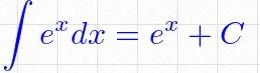
\int e^x dx=e^x+C